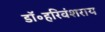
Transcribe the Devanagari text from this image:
डॉ॰हरिवंशराय